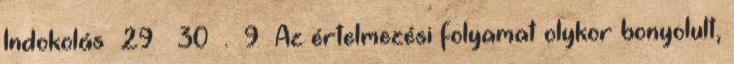
Indokolás 29 – 30 . 9 Az értelmezési folyamat olykor bonyolult,